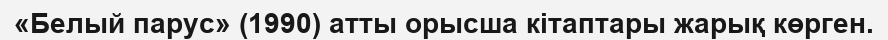
«Белый парус» (1990) атты орысша кітаптары жарық көрген.